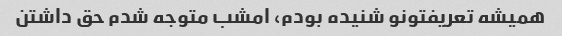
همیشه تعریفتونو شنیده بودم، امشب متوجه شدم حق داشتن